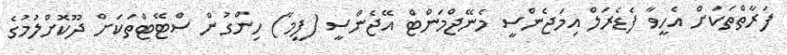
ފަރާތްތަކަށް އެހީވާ ފެޑެރަލް އިމަޖެންސީ މެނޭޖްމަންޓް އޭޖެންސީ (ފީމާ) ހިންގުން ސްޓޭޓްތަކަށް ދޫކޮށްލުމުގެ